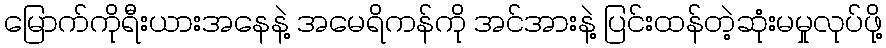
မြောက်ကိုရီးယားအနေနဲ့ အမေရိကန်ကို အင်အားနဲ့ ပြင်းထန်တဲ့ဆုံးမမှုလုပ်ဖို့